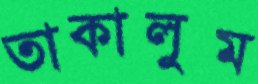
তাকালুম